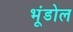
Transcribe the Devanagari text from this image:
भूंडोल